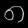
Digit: ၈